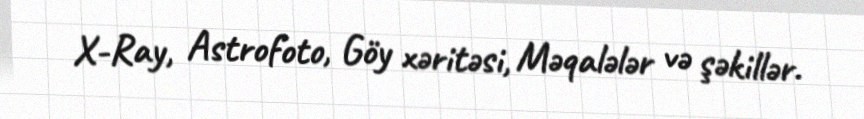
X-Ray, Astrofoto, Göy xəritəsi, Məqalələr və şəkillər.